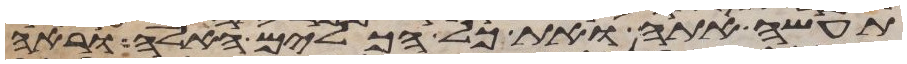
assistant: תעשה אתה ואת כל הכלים האלה וראה